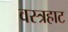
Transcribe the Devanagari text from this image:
वस्त्रहाट